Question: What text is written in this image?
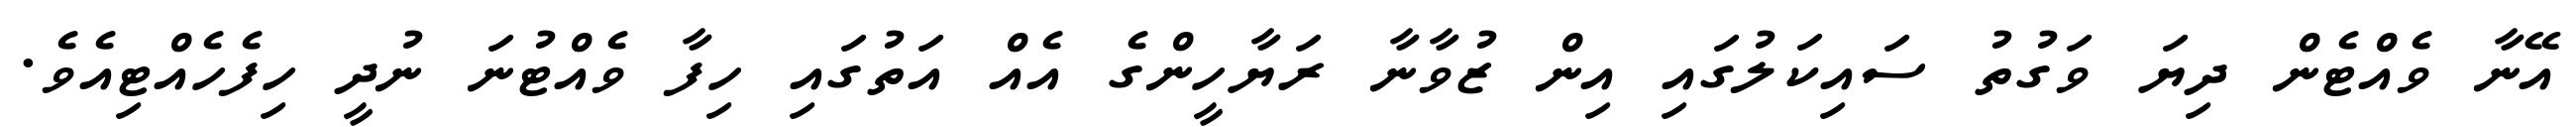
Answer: އޭނާ ވެއްޓެން ދިޔަ ވަގުތު ސައިކަލުގައި އިން ޒުވާނާ ރަޔާހީންގެ އެއް އަތުގައި ހިފާ ވެއްޓުނަ ނުދީ ހިފެހެއްޓިއެވެ.